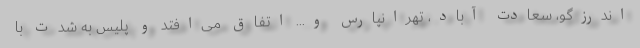
اندرزگو، سعادت آباد، تهرانپارس و... اتفاق می‌افتد و پلیس به شدت با